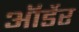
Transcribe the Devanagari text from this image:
ऑर्डेर